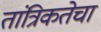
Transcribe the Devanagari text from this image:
तांत्रिकतेचा